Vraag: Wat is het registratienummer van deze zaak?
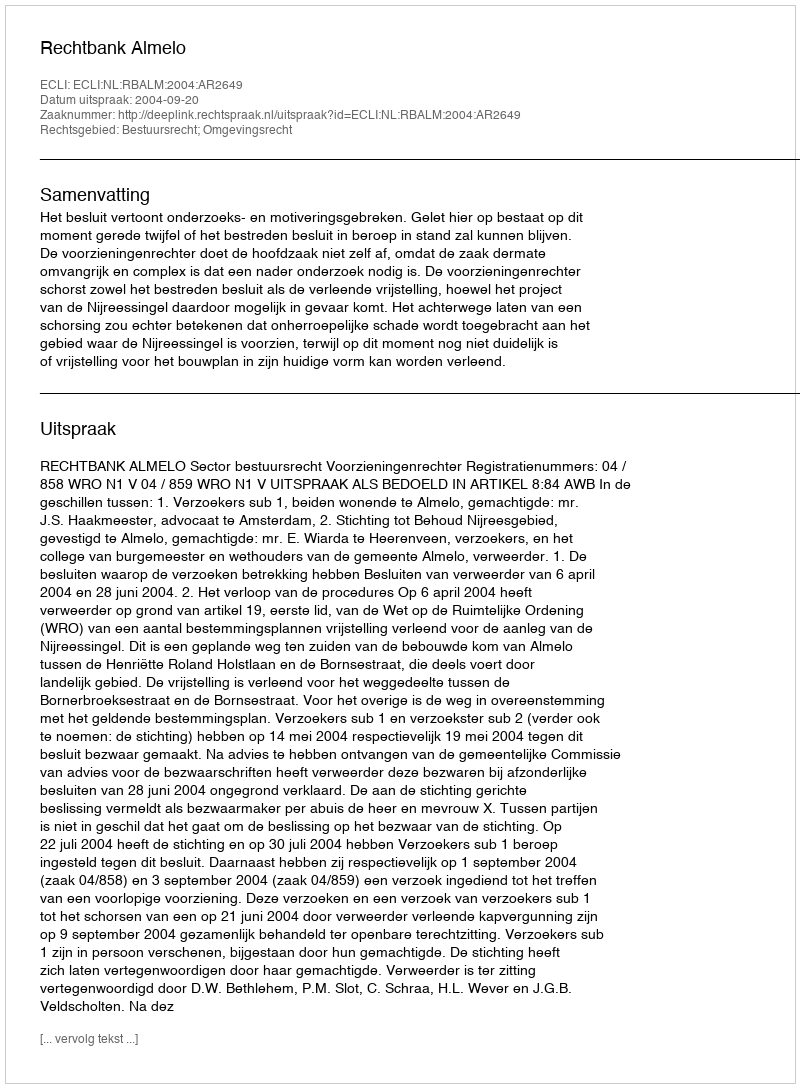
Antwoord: http://deeplink.rechtspraak.nl/uitspraak?id=ECLI:NL:RBALM:2004:AR2649